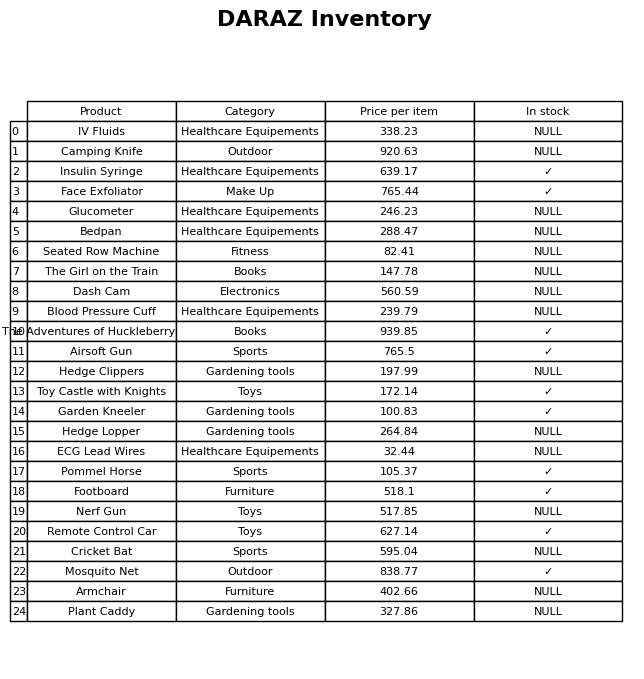
question: What is the price for Blood Pressure Cuff?
answer: The price of Blood Pressure Cuff is 239.79.